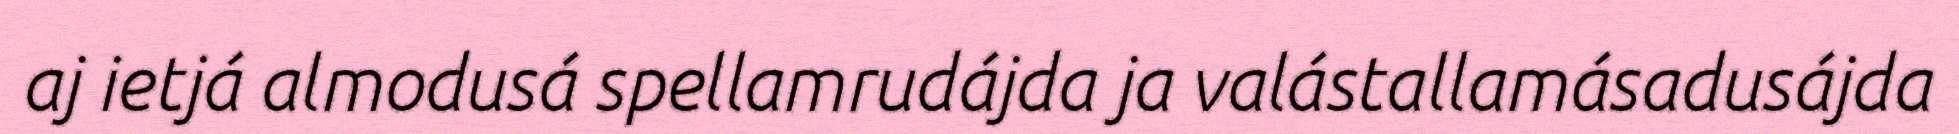
aj ietjá almodusá spellamrudájda ja valástallamásadusájda